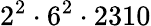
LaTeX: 2^{2}\cdot 6^{2}\cdot 2310